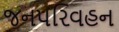
જનપરિવહન